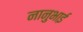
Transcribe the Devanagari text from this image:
नानुभाई